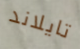
تايلاند